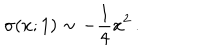
LaTeX: \sigma ( x ; 1 ) \sim - { \frac { 1 } { 4 } } x ^ { 2 } \, .